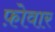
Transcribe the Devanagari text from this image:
फ़ोवार